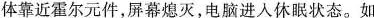
体靠近霍尔元件，屏幕熄灭，电脑进入休眠状态。如